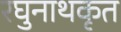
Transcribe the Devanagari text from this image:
रघुनाथकृत